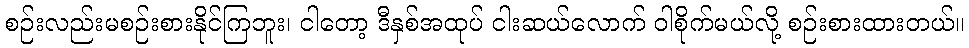
စဉ်းလည်းမစဉ်းစားနိုင်ကြဘူး၊ ငါတော့ ဒီနှစ်အထုပ် ငါးဆယ်လောက် ဝါစိုက်မယ်လို့ စဉ်းစားထားတယ်။